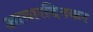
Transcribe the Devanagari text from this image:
आचारदिनकर